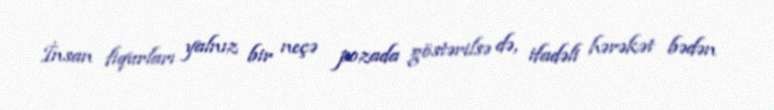
İnsan fiqurları yalnız bir neçə pozada göstərilsə də, ifadəli hərəkət bədən